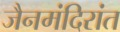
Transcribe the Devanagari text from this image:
जैनमंदिरांत